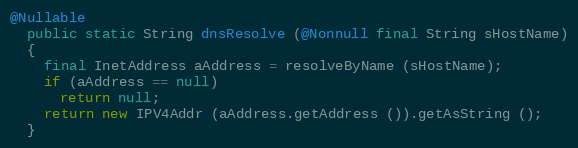
Language: Java
@Nullable
  public static String dnsResolve (@Nonnull final String sHostName)
  {
    final InetAddress aAddress = resolveByName (sHostName);
    if (aAddress == null)
      return null;
    return new IPV4Addr (aAddress.getAddress ()).getAsString ();
  }